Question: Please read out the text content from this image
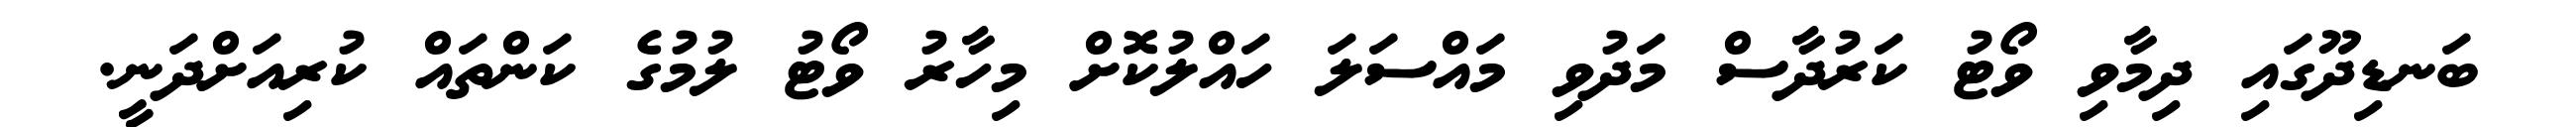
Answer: ބަނޑިދޫގައި ދިމާވި ވޯޓު ކަރުދާސް މަދުވި މައްސަލަ ހައްލުކޮށް މިހާރު ވޯޓު ލުމުގެ ކަންތައް ކުރިއަށްދަނީ.